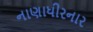
નાણાધીરનાર